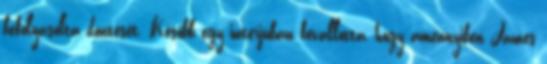
befolyásolta döntését. Később egy interjúban bevallotta, hogy amennyiben James